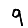
Digit: 9